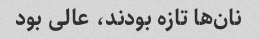
نان‌ها تازه بودند، عالی بود